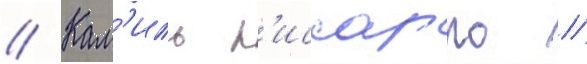
// Кам'иль п'иссарро //